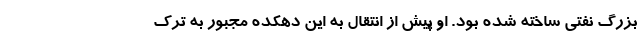
بزرگ نفتی ساخته شده بود. او پیش از انتقال به این دهکده مجبور به ترک